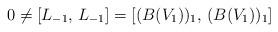
LaTeX: \begin{align*}0 \neq [L_{-1}, \, L_{-1}] = [(B(V_1))_1, \, (B(V_1))_1] \end{align*}